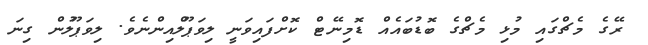
ރޭގެ މެޗްގައި މުޅި މެޗްގެ ބޮޑުބައެއް ޑޮމިނޭޓް ކޮށްފައިވަނީ ލިވަޕޫލްއިންނެވެ. ލިވަޕޫލުން ގިނަ